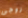
زوجى